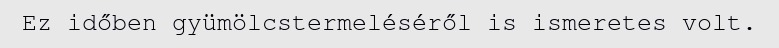
Ez időben gyümölcstermeléséről is ismeretes volt.